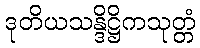
ဒုတိယသန္ဒိဋ္ဌိကသုတ္တံ